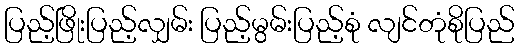
ပြည့်ဖြိုးပြည့်လျှမ်း ပြည့်မွမ်းပြည့်စုံ လျင်တုံစိုပြည်